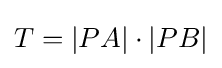
T=|PA|\cdot |PB|